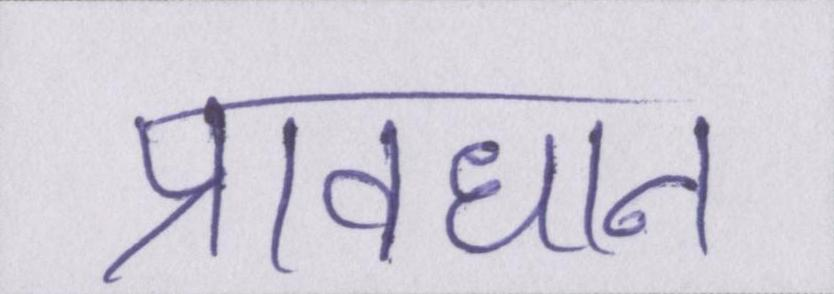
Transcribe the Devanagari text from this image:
प्रावधान